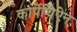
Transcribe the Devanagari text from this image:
कार्पेथिऐन